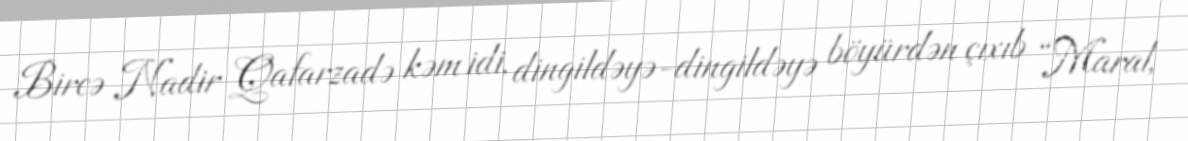
Bircə Nadir Qafarzadə kəm idi, dingildəyə-dingildəyə böyürdən çıxıb “Maral,